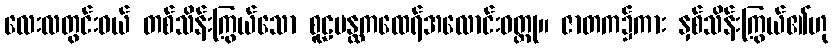
လေးလတွင်းဝယ် တစ်သိန်းကြွယ်သော စူဠပန္ထကထေရ်အလောင်းဝတ္ထု။ ဇာတက၌ကား နှစ်သိန်းကြွယ်၏ဟု